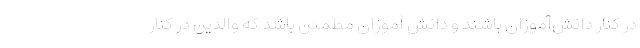
در کنار دانش‌آموزان باشند و دانش آموزان مطمئن باشد که والدین در کنار